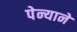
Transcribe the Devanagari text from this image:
पेन्याने